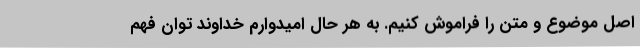
اصل موضوع و متن را فراموش کنیم. به هر حال امیدوارم خداوند توان فهم